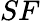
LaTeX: SF